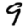
Digit: 9